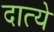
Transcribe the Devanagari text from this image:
दात्ये